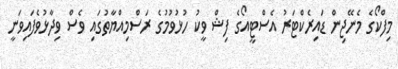
މިފްކޯގެ މެނޭޖިން ޑައިރެކްޓަރު އެސްޓީއޯގެ ފިޝް ވީކު ހުޅުވުމުގެ ރަސްމިއްޔާތުގައި ވެސް ވިދާޅުވެފައިވަނީ